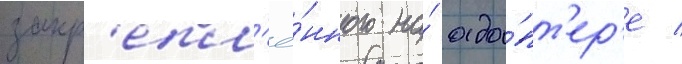
закр'епл'ё́нного на́ ада́пт'ер'е /